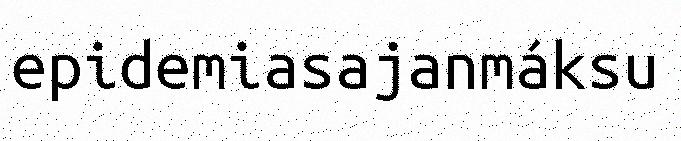
epidemiasajanmáksu